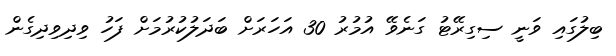
ބިލުގައި ވަނީ ސިގިރޭޓު ގަނެވޭ އުމުރު 30 އަހަރަށް ބަދަލުކުރުމަށް ފަހު ވިދިވިދިގެން